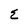
Character: E